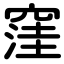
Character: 窪